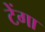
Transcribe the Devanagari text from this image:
टेंगा